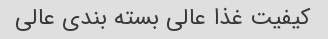
کیفیت غذا عالی بسته بندی عالی